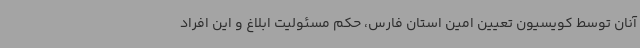
آنان توسط کویسیون تعیین امین استان فارس، حکم مسئولیت ابلاغ و این افراد